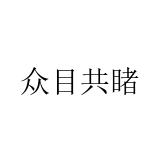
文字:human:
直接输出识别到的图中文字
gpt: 众目共睹